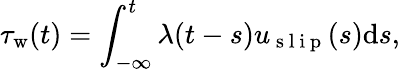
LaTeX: \tau_{\mathrm{w}}(t)=\int_{-\infty}^{t}\lambda(t-s)u_{\mathrm{~s~l~i~p~}}(s)\mathrm{d}s,